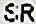
SR